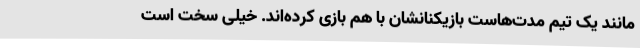
مانند یک تیم مدت‌هاست بازیکنانشان با هم بازی کرده‌اند. خیلی سخت است